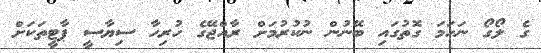
ގެ ލޯގޯ ނަހަމަ ގޮތުގައި ބޭނުން ނުކުރުމަށް ރާއްޖޭގެ ހުރިހާ ސިޔާސީ ޕާޓީތަކަށް